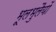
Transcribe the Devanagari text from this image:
भूलभुलैयों